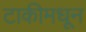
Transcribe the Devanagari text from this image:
टाकीमधून